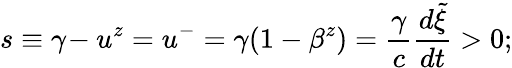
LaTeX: s\equiv\gamma\! -u^{z}=u^{-}=\gamma(1-\beta^{z})=\frac{\gamma}c\frac{d\tilde{\xi}}{dt}>0;